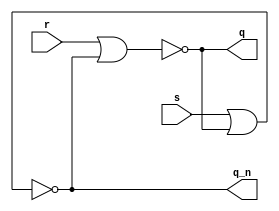
module sr_latch
(
	input s,
	input r,
	output q,
	output q_n
);
	assign q = ~ ( r | q_n ) ;
	assign q_n = ~ ( s | q ) ;
endmodule

module d_latch
(
	input clk,
	input d,
	output q,
	output q_n
);
	wire r = ~d & clk;
	wire s = d & clk ;
	sr_latch sr_latch (s, r, q, q_n) ;
endmodule

module ex5 (
	input clk,
	input d,
	output q,
	output q_n
);

wire n1;
	d_latch master (
	. clk ( ~ clk ) ,
	.d ( d ) ,
	.q ( n1 )
);

d_latch slave (
	. clk ( clk ) ,
	.d ( n1 ) ,
	.q ( q ) ,
	.q_n ( q_n )
);
endmodule